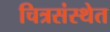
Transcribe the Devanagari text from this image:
चित्रसंस्थेत